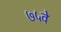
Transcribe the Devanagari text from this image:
७५वे